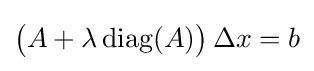
{\big (}A+\lambda \operatorname {diag} (A){\big )}\,\Delta x=b